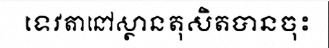
ទេវតានៅស្ថានតុសិតបានចុះ